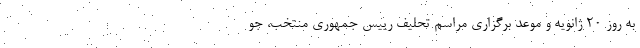
به روز 20 ژانویه و موعد برگزاری مراسم تحلیف رییس جمهوری منتخب، جو